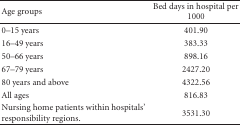
<table><thead><tr><td><b>Age groups</b></td><td><b>Bed days in hospital per 1000</b></td></tr></thead><tbody><tr><td>0–15 years</td><td>401.90</td></tr><tr><td>16–49 years</td><td>383.33</td></tr><tr><td>50–66 years</td><td>898.16</td></tr><tr><td>67–79 years</td><td>2427.20</td></tr><tr><td>80 years and above</td><td>4322.56</td></tr><tr><td>All ages</td><td>816.83</td></tr><tr><td>Nursing home patients within hospitals&#x27; responsibility regions.</td><td>3531.30</td></tr></tbody></table>